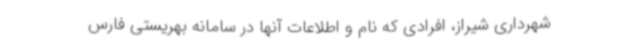
شهرداری شیراز، افرادی که نام و اطلاعات آنها در سامانه بهریستی فارس